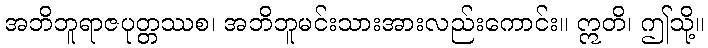
အဘိဘူရာဇပုတ္တဿစ၊ အဘိဘူမင်းသားအားလည်းကောင်း။ ဣတိ၊ ဤသို့။